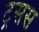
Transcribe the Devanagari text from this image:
ट्रसस